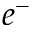
e ^ { - }